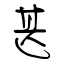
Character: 甚